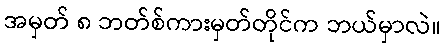
အမှတ် ၈ ဘတ်စ်ကားမှတ်တိုင်က ဘယ်မှာလဲ။